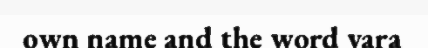
own name and the word vara